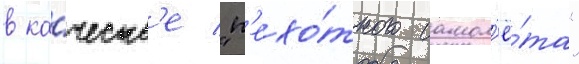
в ка́честв'е "п'ехо́тного самол'ё́та"